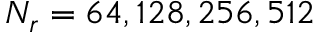
N _ { r } = 6 4 , 1 2 8 , 2 5 6 , 5 1 2